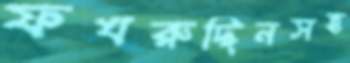
ফখরুদ্দিনসহ